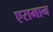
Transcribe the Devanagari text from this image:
एरामान